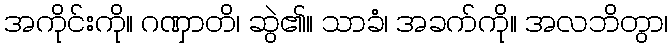
အကိုင်းကို။ ဂဏှာတိ၊ ဆွဲ၏။ သာခံ၊ အခက်ကို။ အလဘိတွာ၊